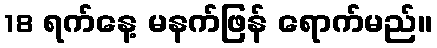
18 ရက်နေ့ မနက်ဖြန် ရောက်မည်။